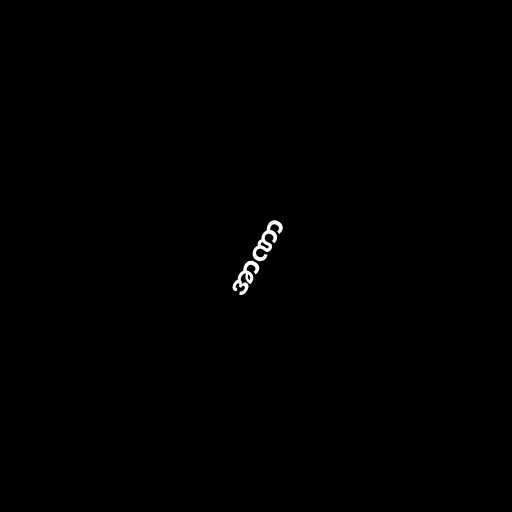
အာဏာ